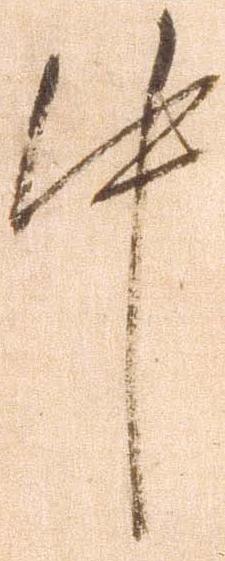
中